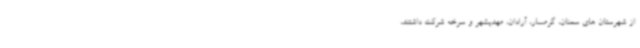
از شهرستان های سمنان، گرمسار، آرادان، مهدیشهر و سرخه شرکت داشتند،